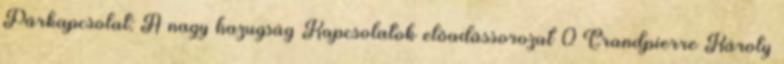
Párkapcsolat: A nagy hazugság Kapcsolatok előadássorozat 0 Grandpierre Károly